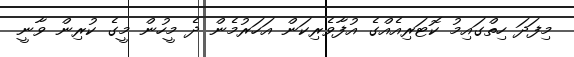
މިފަދަ ހިތްގައިމު ކޮޓަރިއެއްގެ އުފާވެރިކަން އަހަރުމެން ދެ މީހުން މީގެ ކުރިން ވާނީ